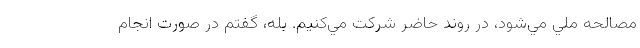
مصالحه ملي مي‌شود، در روند حاضر شركت مي‌كنيم. بله، گفتم در صورت انجام